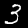
Digit: 3